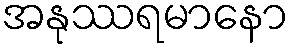
အနုဿရမာနော